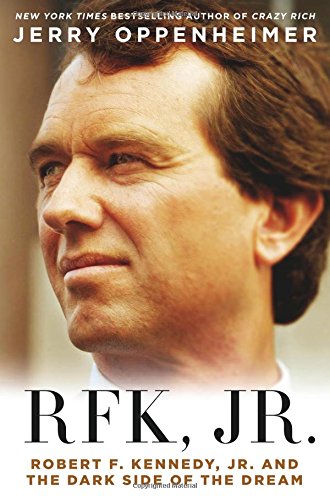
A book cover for RFK Jr.: Robert F. Kennedy, Jr. and the Dark Side of the Dream; Jerry Oppenheimer; Law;